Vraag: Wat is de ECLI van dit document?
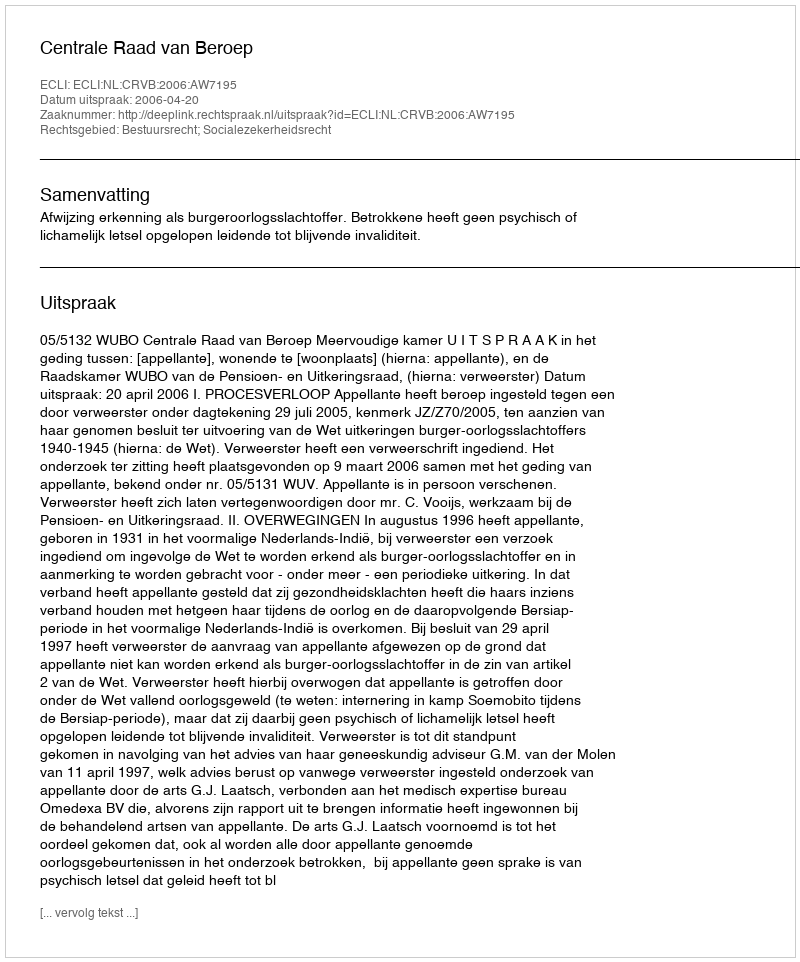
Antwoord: ECLI:NL:CRVB:2006:AW7195